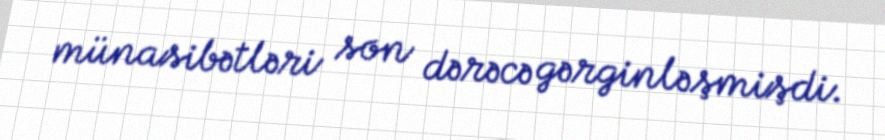
münasibətləri son dərəcə gərginləşmişdi.